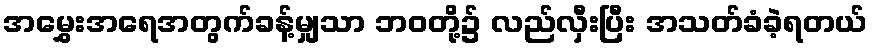
အမွှေးအရေအတွက်ခန့်မျှသာ ဘဝတို့၌ လည်လှီးပြီး အသတ်ခံခဲ့ရတယ်